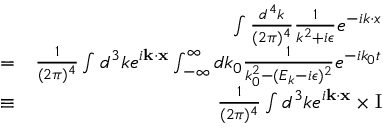
\begin{array} { r l r } & { } & { \int \frac { d ^ { 4 } k } { ( 2 \pi ) ^ { 4 } } \frac { 1 } { k ^ { 2 } + i \epsilon } e ^ { - i k \cdot x } } \\ & { = } & { \frac { 1 } { ( 2 \pi ) ^ { 4 } } \int d ^ { 3 } k e ^ { i \mathbf { k } \cdot \mathbf { x } } \int _ { - \infty } ^ { \infty } d k _ { 0 } \frac { 1 } { k _ { 0 } ^ { 2 } - ( E _ { k } - i \epsilon ) ^ { 2 } } e ^ { - i k _ { 0 } t } } \\ & { \equiv } & { \frac { 1 } { ( 2 \pi ) ^ { 4 } } \int d ^ { 3 } k e ^ { i \mathbf { k } \cdot \mathbf { x } } \times \mathrm { I } } \end{array}